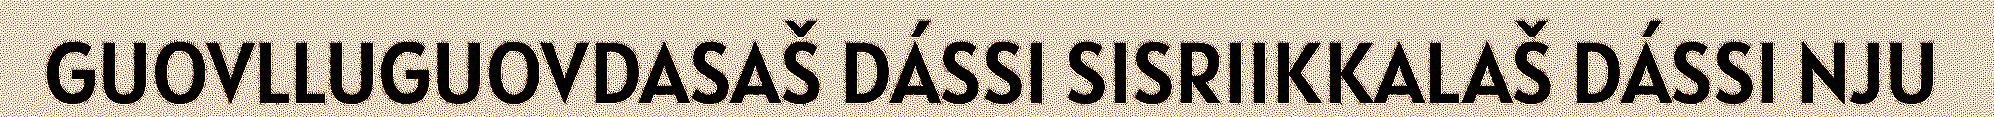
GUOVLLUGUOVDASAŠ DÁSSI SISRIIKKALAŠ DÁSSI NJU